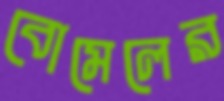
বোমেলের